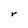
Character: r